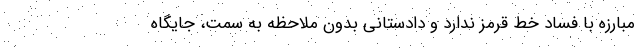
مبارزه با فساد خط قرمز ندارد و دادستانی بدون ملاحظه به سمت، جایگاه